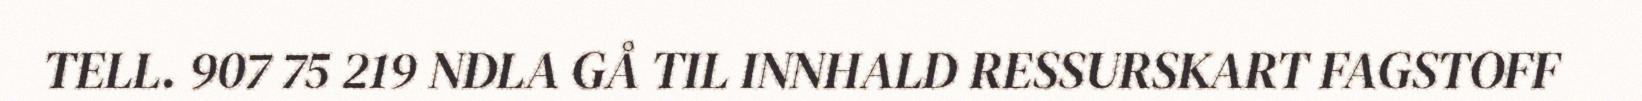
TELL. 907 75 219 NDLA GÅ TIL INNHALD RESSURSKART FAGSTOFF